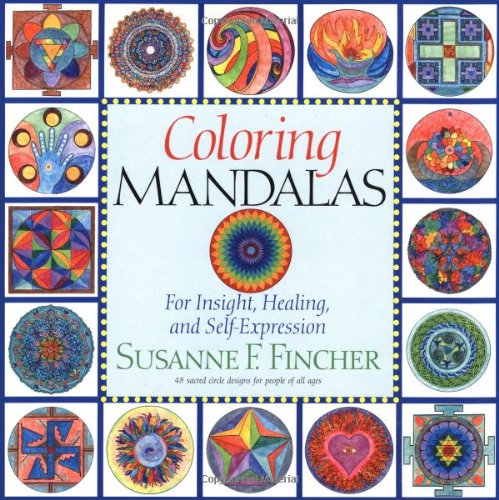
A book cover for Coloring Mandalas 1; Susanne F. Fincher; Crafts, Hobbies & Home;